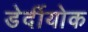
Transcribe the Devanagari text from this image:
डेर्दीयोक